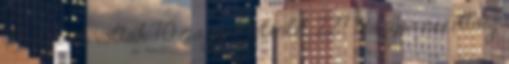
64 ilyenek voltak 70 magyar jelenlét 227 magyar nézettség